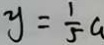
y = \frac { 1 } { 5 } a